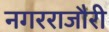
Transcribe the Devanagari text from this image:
नगरराजौरी